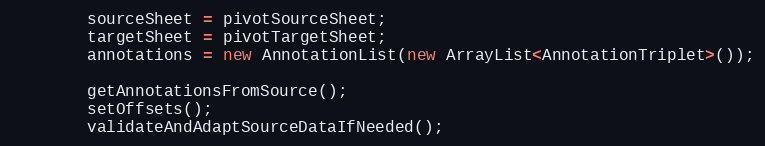
Language: Java
        sourceSheet = pivotSourceSheet;
        targetSheet = pivotTargetSheet;
        annotations = new AnnotationList(new ArrayList<AnnotationTriplet>());

        getAnnotationsFromSource();
        setOffsets();
        validateAndAdaptSourceDataIfNeeded();